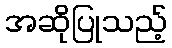
အဆိုပြုသည့်